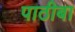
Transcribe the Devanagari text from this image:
पाठीबा